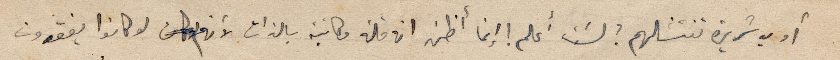
أو يد شريرة تنشلهم؟ لَست أعلم ! إنما أظن ان قلة مكاتبة بالذات لأنهم لو كانوا يفقدون